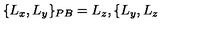
\{ L _ { x } , L _ { y } \} _ { { \footnotesize P B } } = L _ { z } , \{ L _ { y } , L _ { z }